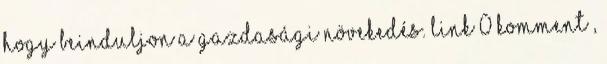
hogy beinduljon a gazdasági növekedés. Link 0 komment ,